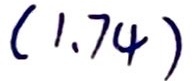
$(1.74)$